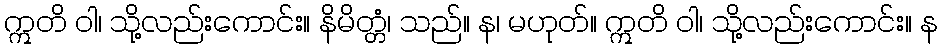
ဣတိ ဝါ၊ သို့လည်းကောင်း။ နိမိတ္တံ၊ သည်။ န၊ မဟုတ်။ ဣတိ ဝါ၊ သို့လည်းကောင်း။ န